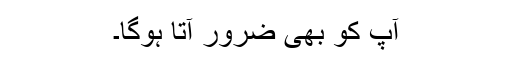
آپ کو بھی ضرور آتا ہوگا۔